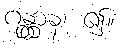
ဂန္တွာန၊ ၍။